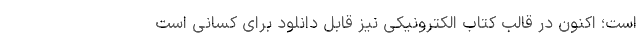
است؛ اکنون در قالب کتاب الکترونیکی نیز قابل دانلود برای کسانی است